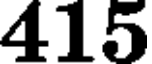
415